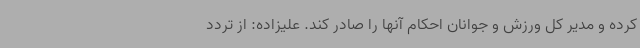
کرده و مدیر کل ورزش و جوانان احکام آنها را صادر کند. علیزاده: از تردد